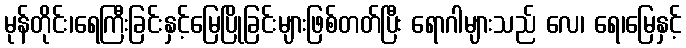
မုန်တိုင်း၊ရေကြီးခြင်းနှင့်မြေပြိုခြင်းများဖြစ်တတ်ပြီး ရောဂါများသည် လေ၊ ရေ၊မြေနှင့်